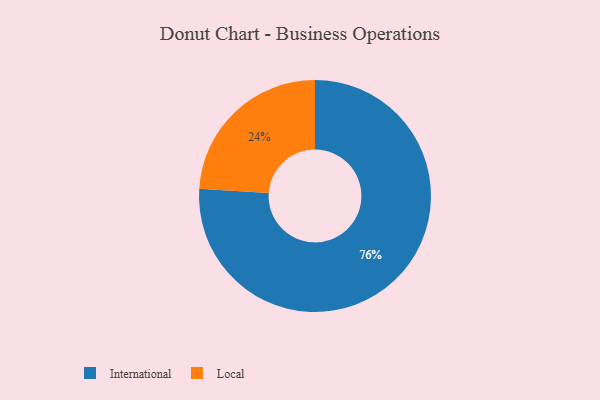
{"axis": {"x": "Category", "y": "Percentage"}, "legend": ["International", "Local"], "data": [{"x": "Local", "y": 24, "type": "Local"}, {"x": "International", "y": 76, "type": "International"}]}